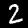
Digit: 2